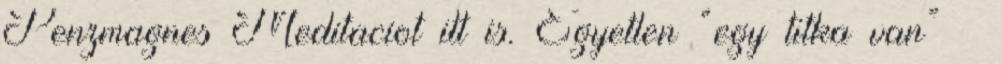
Penzmagnes Meditaciot itt is. Egyetlen “egy titka van” –